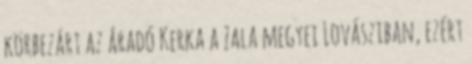
körbezárt az áradó Kerka a Zala megyei Lovásziban, ezért